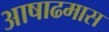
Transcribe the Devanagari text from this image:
आषाढमास